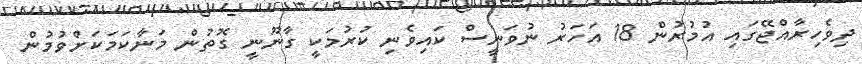
ދިވެހިރާއްޖޭގައި އުމުރުން 18 އަހަރު ނުވަނީސް ކައިވެނި ކުރުމަކީ ގާނޫނީ ގޮތުން މަނާކަމަކަށްވުމުން